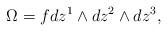
LaTeX: \begin{align*} \Omega = f dz^1 \wedge dz^2 \wedge dz^3,\end{align*}